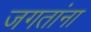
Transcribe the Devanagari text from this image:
जगतांना